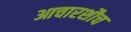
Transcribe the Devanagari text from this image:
आचारशौच